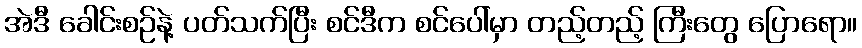
အဲဒီ ခေါင်းစဉ်နဲ့ ပတ်သက်ပြီး စင်ဒီက စင်ပေါ်မှာ တည့်တည့် ကြီးတွေ ပြောရော။